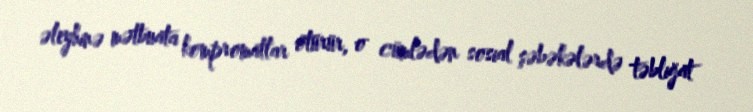
əleyhinə mətbuata kompromatlar ötürür, o cümlədən sosial şəbəkələrdə təbliğat